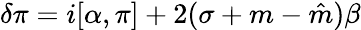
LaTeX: \delta\pi=i[\alpha,\pi]+2(\sigma+m-\hat{m})\beta